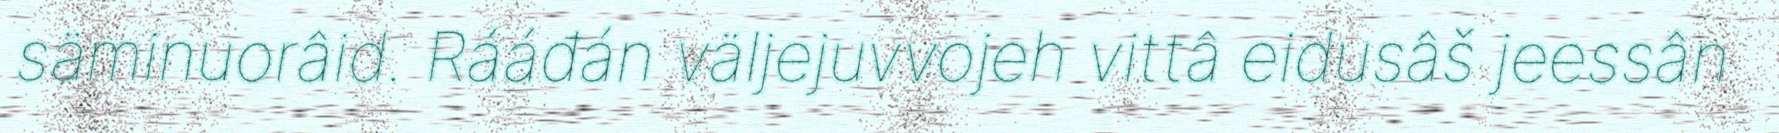
säminuorâid. Rááđán väljejuvvojeh vittâ eidusâš jeessân